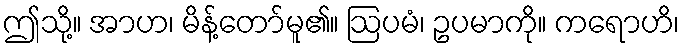
ဤသို့။ အာဟ၊ မိန့်တော်မူ၏။ ဩပမံ၊ ဥပမာကို။ ကရောဟိ၊